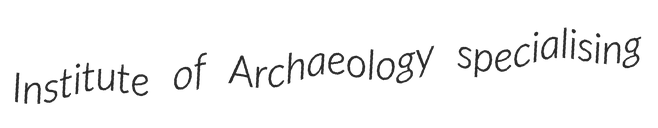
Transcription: Institute of Archaeology specialising